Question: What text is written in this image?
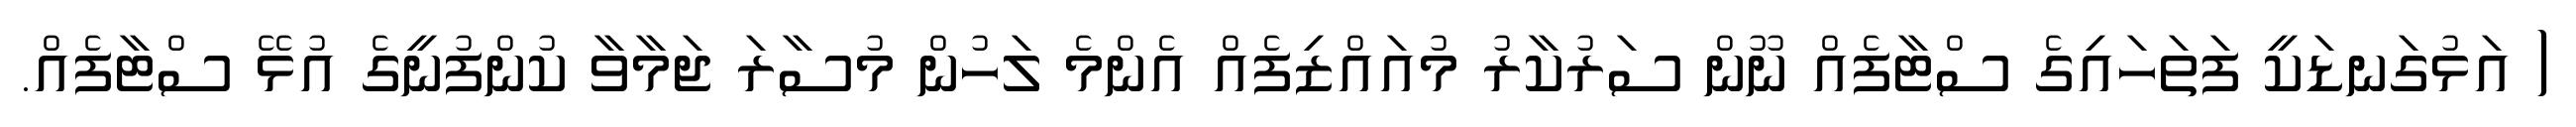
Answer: ( އަޅުގަނޑަކީ ފަތަހައިގެ ސްޓާފެއް ނޫން ސަރުކާރު މުއައްޒިފެއް އެންމެ ލަހުން މުސާރަ ޖަމާވާ ކުންފުނީގެ އުޅޭ ސްޓާފެއް.